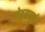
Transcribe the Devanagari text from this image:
नेतृत्वपूर्ण